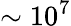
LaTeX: \sim 10^{7}